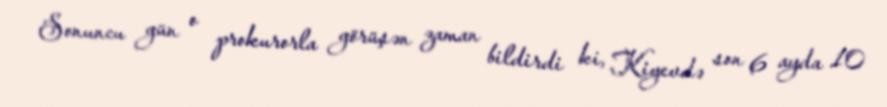
Sonuncu gün o prokurorla görüşən zaman bildirdi ki, Kiyevdə son 6 ayda 10